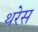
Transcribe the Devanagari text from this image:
थरेस